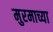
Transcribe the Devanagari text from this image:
मुरमाच्या